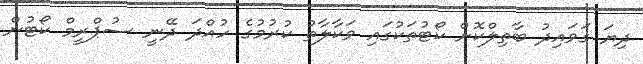
ދިޔަ ގަވައިދު ބާތިލްކޮށް ކޯޓުތަކުގައި ވަކާލާތު ކުރުމުގެ ހުއްދަ ދޭނީ ސުޕްރީމް ކޯޓުން